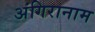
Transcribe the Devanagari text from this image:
अंगिरानाम